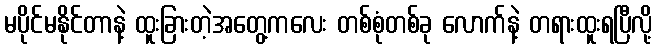
မပိုင်မနိုင်တာနဲ့ ထူးခြားတဲ့အတွေ့ကလေး တစ်စုံတစ်ခု လောက်နဲ့ တရားထူးရပြီလို့